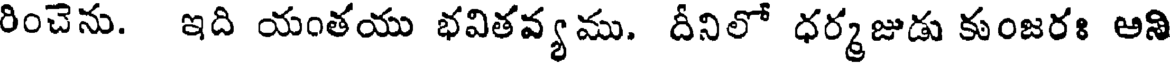
రించెను. ఇది యంతయు భవితవ్య ము. దీనిలో ధర్మజుడు కుంజరః అని